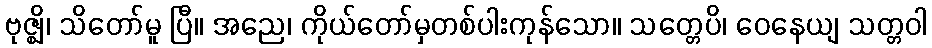
ဗုဇ္ဈိ၊ သိတော်မူ ပြီ။ အညေ၊ ကိုယ်တော်မှတစ်ပါးကုန်သော။ သတ္တေပိ၊ ဝေနေယျ သတ္တဝါ